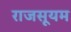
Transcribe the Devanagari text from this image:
राजसूयम